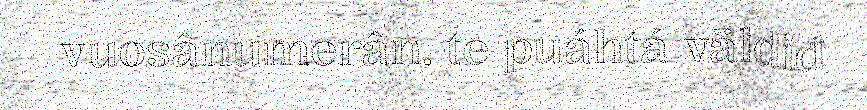
vuosânumerân, te puáhtá väldiđ